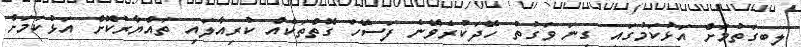
ލިބިގަތުމަށް އަޅުކަމުގައި ގިނަ ވަގުތު ހޭދަކުރެވޭނެ ފަސޭހަ ގޮތްތަކެއް ކުރިއާލައި ތައްޔާރުކޮށް އަޅުކަމަށް